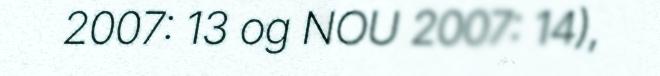
2007: 13 og NOU 2007: 14),